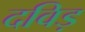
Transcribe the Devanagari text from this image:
दविड़